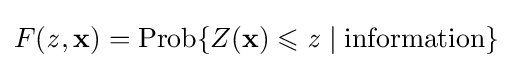
F({\mathit {z}},\mathbf {x} )=\operatorname {Prob} \lbrace Z(\mathbf {x} )\leqslant {\mathit {z}}\mid {\text{information}}\rbrace